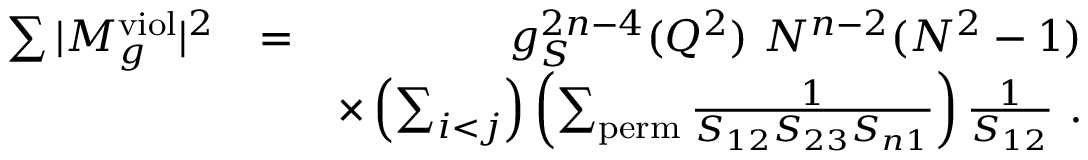
\begin{array} { r l r } { \sum \vert M _ { g } ^ { \mathrm { v i o l } } \vert ^ { 2 } } & { = } & { g _ { S } ^ { 2 n - 4 } ( Q ^ { 2 } ) ~ N ^ { n - 2 } ( N ^ { 2 } - 1 ) } \\ & { } & { \times \left( \sum _ { i < j } \right) \left( \sum _ { \mathrm { p e r m } } \frac { 1 } { S _ { 1 2 } S _ { 2 3 } S _ { n 1 } } \right) \frac { 1 } { S _ { 1 2 } } ~ . } \end{array}